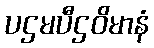
ပဌမပီဌဝိမာနံ